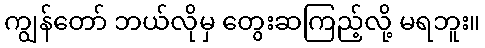
ကျွန်တော် ဘယ်လိုမှ တွေးဆကြည့်လို့ မရဘူး။